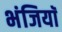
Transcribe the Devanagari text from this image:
भंजियाॅ